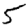
Digit: 5